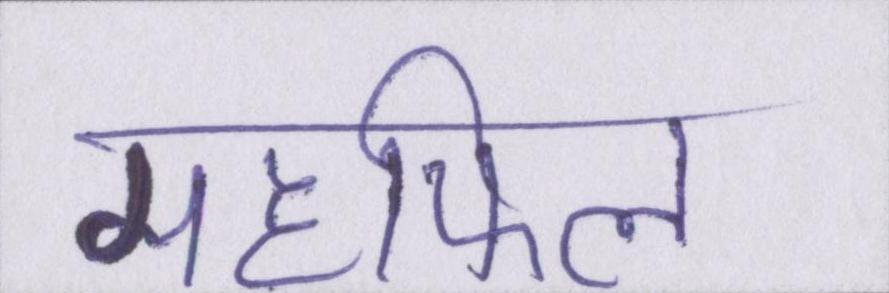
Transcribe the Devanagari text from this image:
महफिल